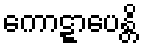
ကောဋ္ဋာပေန္တိ